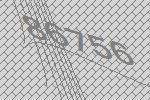
86756